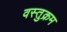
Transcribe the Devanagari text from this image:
वस्तुक्रम